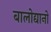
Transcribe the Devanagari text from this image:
बालोद्यानों